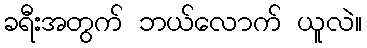
ခရီးအတွက် ဘယ်လောက် ယူလဲ။